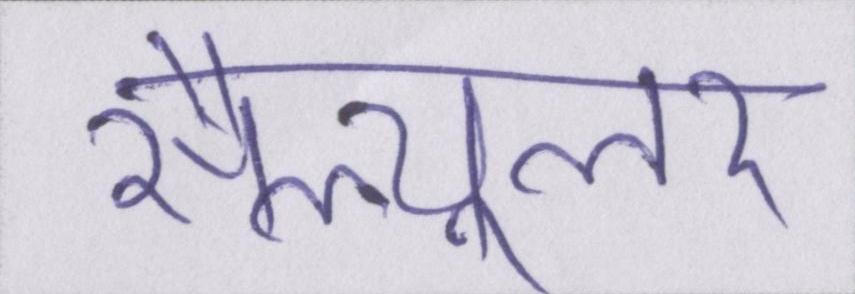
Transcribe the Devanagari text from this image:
सैल्यूलर